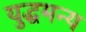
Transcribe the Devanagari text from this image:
युद्धमन्य